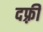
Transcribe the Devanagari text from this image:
दफ़्री